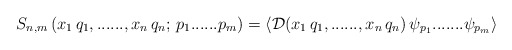
\begin{align*}\left. S_{n,m} \, (x_{1} \, q_{1},......,x_{n} \, q_{n};\,p_{1}......p_{m}) = \langle {\cal D} (x_{1} \, q_{1},......,x_{n} \,q_{n}) \, \psi_{p_{1}}....... \psi_{p_{m}} \rangle \right.\end{align*}